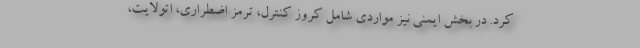
کرد. در بخش ایمنی نیز مواردی شامل کروز کنترل، ترمز اضطراری، اتولایت،